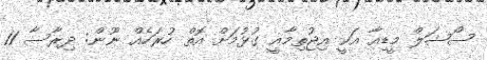
ސޯޝަލް މީޑިއާ އަކީ އިޖުތިމާއީ ގުޅުމަށް އޮތް ހުރަހެއް ނޫން: ދިރާސާ 11